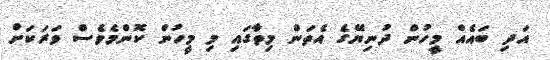
އަދި ބައެއް މީހުން ދުނިޔޭގެ އެތަން މިތާގައި މި މީހުން ކޮންމެވެސް ވަރަކަށް